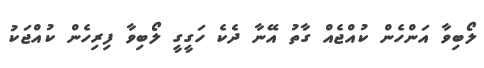
ލޯބިވާ އަންހެން ކުއްޖެއް ގާތު އޭނާ ދެކެ ހަގީގީ ލޯބިވާ ފިރިހެން ކުއްޖަކު